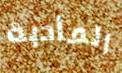
المأدبة